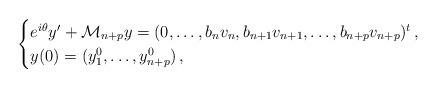
LaTeX: \begin{align*}\begin{cases}e^{i \theta}y^{\prime} + \mathcal{M}_{n+p}y=(0, \ldots, b_n v_n, b_{n+1} v_{n+1}, \ldots, b_{n+p}v_{n+p})^t \,,\\y(0)=(y_1^0, \ldots, y_{n+p}^0) \,,\end{cases}\end{align*}